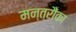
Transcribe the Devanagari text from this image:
मन्त्रौंका